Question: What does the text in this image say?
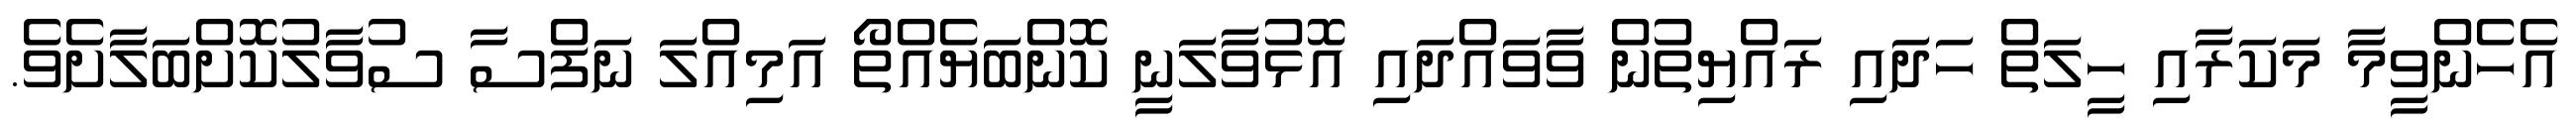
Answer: އެހެންވީމާ މަކަރާއި ހީލަތް ހަދައި ރައްޔިތުން ވާވައްދައި އޮޅުވާލަނީ ކޮންބަޔެއްތޯ އަމިއްލަ ނަފްސާ ސުވާލުކޮށްބަލާށެވެ.